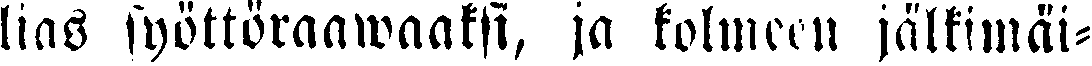
lias syöttöraawaaksi, ja kolmeen jälkimäi-